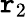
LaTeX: \mathtt{r}_{2}